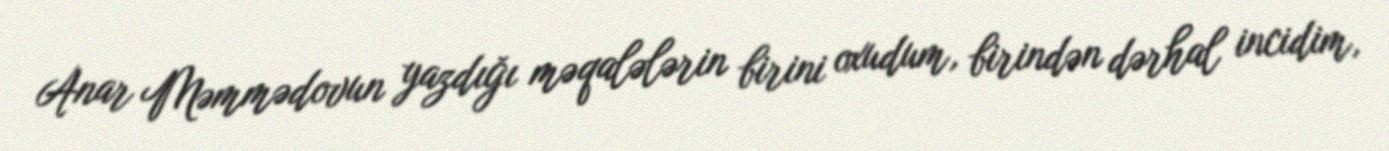
Anar Məmmədovun yazdığı məqalələrin birini oxudum, birindən dərhal incidim,